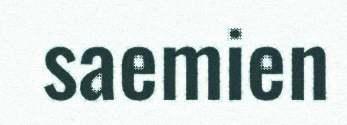
saemien